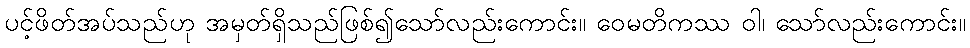
ပင့်ဖိတ်အပ်သည်ဟု အမှတ်ရှိသည်ဖြစ်၍သော်လည်းကောင်း။ ဝေမတိကဿ ဝါ၊ သော်လည်းကောင်း။